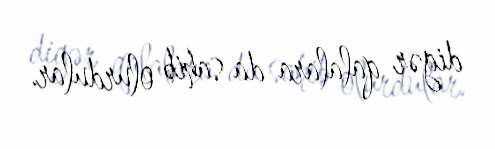
digər qalalara da sahib olurdular.